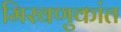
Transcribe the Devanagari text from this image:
मिरवणुकांत